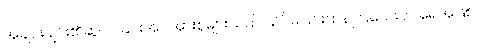
အချင်းချင်း၏ဆွဲငင်ခြင်းအင်အားစုများသည် သိပ်မပြင်းထန်ကြသေးဘဲ ရေအဖြစ်